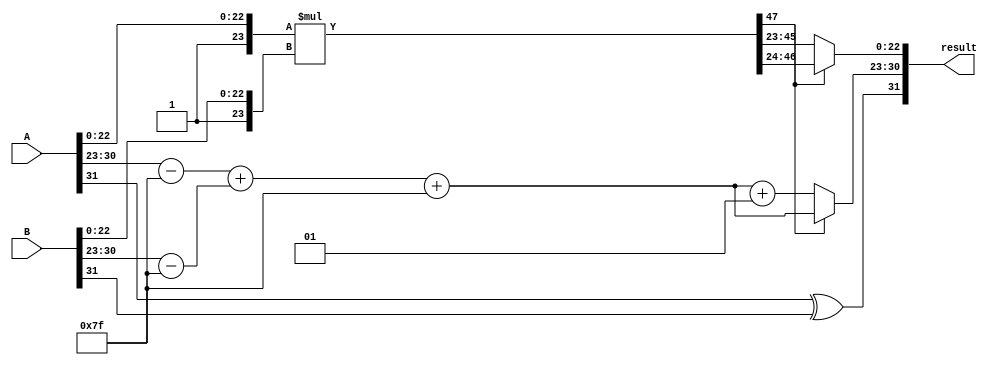
module radix4_fp_multiplier (
    input [31:0] A, // Input floating-point number A
    input [31:0] B, // Input floating-point number B
    output reg [31:0] result // Output floating-point result
);

    // IEEE 754 components
    wire signA = A[31];
    wire signB = B[31];
    wire [7:0] expA = A[30:23];
    wire [7:0] expB = B[30:23];
    wire [22:0] mantA = A[22:0];
    wire [22:0] mantB = B[22:0];

    // Adjusted exponents (subtracting bias of 127)
    wire signed [8:0] adjustedExpA = expA - 8'd127;
    wire signed [8:0] adjustedExpB = expB - 8'd127;

    // Result sign
    wire resultSign = signA ^ signB;

    // Normalized mantissas (adding implicit leading 1)
    wire [23:0] normMantA = {1'b1, mantA};
    wire [23:0] normMantB = {1'b1, mantB};

    // Product of mantissas
    wire [47:0] mantProduct = normMantA * normMantB;

    // Exponent calculation
    wire signed [8:0] resultExp = adjustedExpA + adjustedExpB + 8'd127;

    // Normalization of product mantissa
    reg [23:0] finalMantissa;
    reg [7:0] finalExp;
    reg normalizationNeeded;

    always @(*) begin
        // Check if normalization is needed
        if (mantProduct[47]) begin
            // No normalization needed, use the upper part
            finalMantissa = mantProduct[46:24];
            finalExp = resultExp;
            normalizationNeeded = 0;
        end else begin
            // Normalization needed
            finalMantissa = mantProduct[45:23]; // Shift right
            finalExp = resultExp + 1; // Increment exponent
            normalizationNeeded = 1;
        end
    end

    // Final result construction
    always @(*) begin
        result = {resultSign, finalExp[7:0], finalMantissa[22:0]};
    end

endmodule